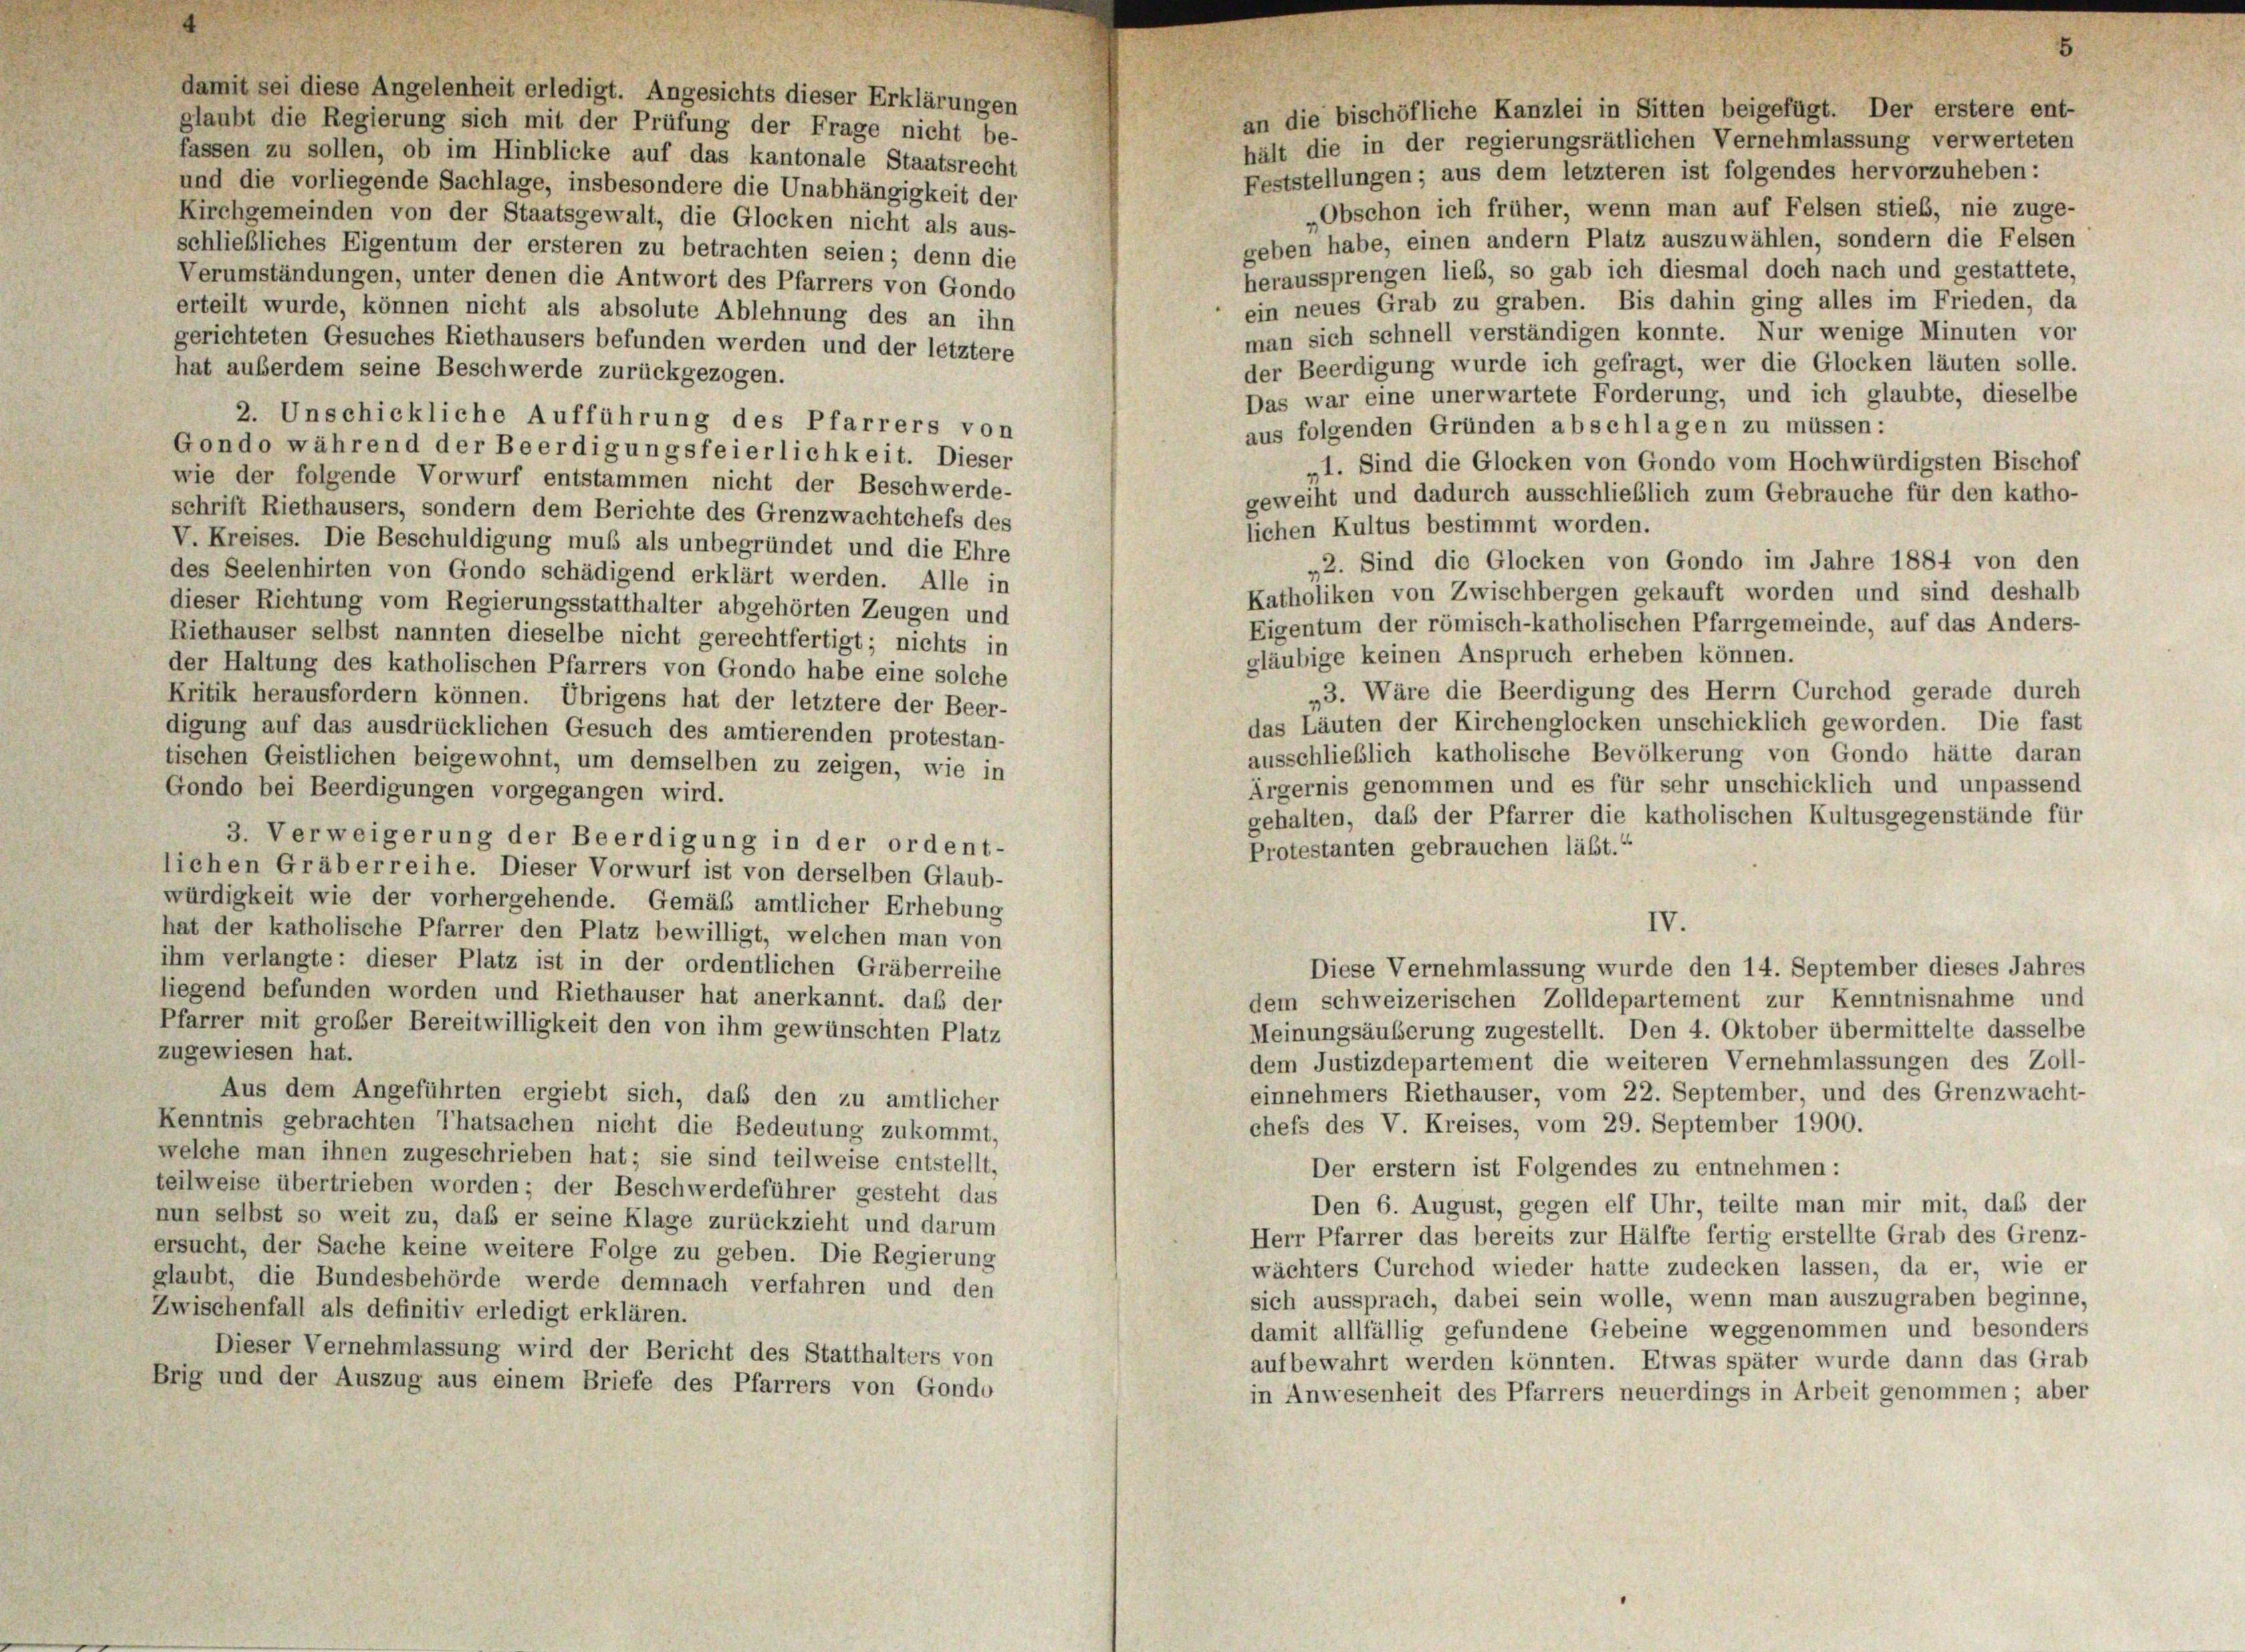
damit sei diese Angelenheit erledigt. Angesichts dieser Erklärungen
an die bischöfliche Kanzlei in Sitten beigefügt. Der erstere ent-
glaubt die Regierung sich mit der Prüfung der Frage nicht be-
hält die in der regierungsrätlichen Vernehmlassung verwerteten
fassen zu sollen, ob im Hinblicke auf das kantonale Staatsrecht
Feststellungen; aus dem letzteren ist folgendes hervorzuheben:
und die vorliegende Sachlage, insbesondere die Unabhängigkeit der
Obschon ich früher, wenn man auf Felsen stieb, nie zuge-
Kirchgemeinden von der Staatsgewalt, die Glocken nicht als aus-
geben habe, einen andern Platz auszuwählen, sondern die Felsen
schließliches Eigentum der ersteren zu betrachten seien; denn die
heraussprengen lieb, so gab ich diesmal doch nach und gestattete,
Verumständungen, unter denen die Antwort des Pfarrers von Gondo
ein neues Grab zu graben. Bis dahin ging alles im Frieden, da
erteilt wurde, können nicht als absolute Ablehnung des an ihn
man sich schnell verständigen konnte. Nur wenige Minuten vor
gerichteten Gesuches Riethausers befunden werden und der letztere
der Beerdigung wurde ich gefragt, wer die Glocken läuten solle.
hat außerdem seine Beschwerde zurückgezogen.
Das war eine unerwartete Forderung, und ich glaubte, dieselbe
2. Unschickliche Aufführung des Pfarrers von
aus folgenden Gründen abschlagen zu müssen:
Gondo während der Beerdigungsfeierlichkeit. Dieser
„1. Sind die Glocken von Gondo vom Hochwürdigsten Bischof
wie der folgende Vorwurf entstammen nicht der Beschwerde-
geweiht und dadurch ausschließlich zum Gebrauche für den katho-
schrift Riethausers, sondern dem Berichte des Grenzwachtchefs des
lichen Kultus bestimmt worden.
V. Kreises. Die Beschuldigung muß als unbegründet und die Ehre
„2. Sind die Glocken von Gondo im Jahre 1884 von den
des Seelenhirten von Gondo schädigend erklärt werden. Alle in
Katholiken von Zwischbergen gekauft worden und sind deshalb
dieser Richtung vom Regierungsstatthalter abgehörten Zeugen und
Eigentum der römisch-katholischen Pfarrgemeinde, auf das Anders-
Riethauser selbst nannten dieselbe nicht gerechtfertigt; nichts in
gläubige keinen Anspruch erheben können.
der Haltung des katholischen Pfarrers von Gondo habe eine solche
„3. Wäre die Beerdigung des Herrn Curchod gerade durch
Kritik herausfordern können. Übrigens hat der letztere der Beer-
das Läuten der Kirchenglocken unschicklich geworden. Die fast
digung auf das ausdrücklichen Gesuch des amtierenden protestan-
ausschließlich katholische Bevölkerung von Gondo hätte daran
tischen Geistlichen beigewohnt, um demselben zu zeigen, wie in
Ärgernis genommen und es für sehr unschicklich und unpassend
Gondo bei Beerdigungen vorgegangen wird.
gehalten, daß der Pfarrer die katholischen Kultusgegenstände für
3. Verweigerung der Beerdigung in der ordent-
Protestanten gebrauchen lässt.“
lichen Gräberreihe. Dieser Vorwurf ist von derselben Glaub-
würdigkeit wie der vorhergehende. Gemäß amtlicher Erhebung
IV.
hat der katholische Pfarrer den Platz bewilligt, welchen man von
ihm verlangte: dieser Platz ist in der ordentlichen Gräberreihe
Diese Vernehmlassung wurde den 14. September dieses Jahres
liegend befunden worden und Riethauser hat anerkannt, daß der
dem schweizerischen Zolldepartement zur Kenntnisnahme und
Pfarrer mit großer Bereitwilligkeit den von ihm gewünschten Platz
Meinungsäußerung zugestellt. Den 4. Oktober übermittelte dasselbe
zugewiesen hat.
dem Justizdepartement die weiteren Vernehmlassungen des Zoll-
einnehmers Riethauser, vom 22. September, und des Grenzwacht-
Aus dem Angeführten ergiebt sich, daß den zu amtlicher
chefs des V. Kreises, vom 29. September 1900.
Kenntnis gebrachten Thatsachen nicht die Bedeutung zukommt,
welche man ihnen zugeschrieben hat; sie sind teilweise entstellt,
Der erstem ist Folgendes zu entnehmen:
teilweise übertrieben worden; der Beschwerdeführer gesteht das
Den 6. August, gegen elf Uhr, teilte man mir mit, daß der
nun selbst so weit zu, daß er seine Klage zurückzieht und darum
Herr Pfarrer das bereits zur Hälfte fertig erstellte Grab des Grenz-
ersucht, der Sache keine weitere Folge zu geben. Die Regierung
wächters Curchod wieder hatte zudecken lassen, da er, wie er
glaubt, die Bundesbehörde werde demnach verfahren und den
sich aussprach, dabei sein wolle, wenn man auszugraben beginne,
Zwischenfall als definitiv erledigt erklären.
damit allfällig gefundene Gebeine weggenommen und besonders
Dieser Vernehmlassung wird der Bericht des Statthalters von
aufbewahrt werden könnten. Etwas später wurde dann das Grab
Brig und der Auszug aus einem Briefe des Pfarrers von Gondo
in Anwesenheit des Pfarrers neuerdings in Arbeit genommen; aber